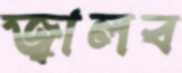
জ্বালব